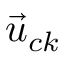
{ { \vec { u } } _ { c k } }